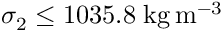
\sigma _ { 2 } \le 1 0 3 5 . 8 \; \mathrm { k g } \, \mathrm { m } ^ { - 3 }